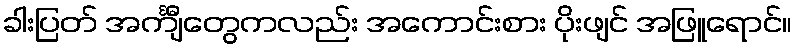
ခါးပြတ် အင်္ကျီတွေကလည်း အကောင်းစား ပိုးဖျင် အဖြူရောင်။